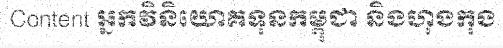
Content អ្នកវិនិយោគទុនកម្ពុជា និងហុងកុង